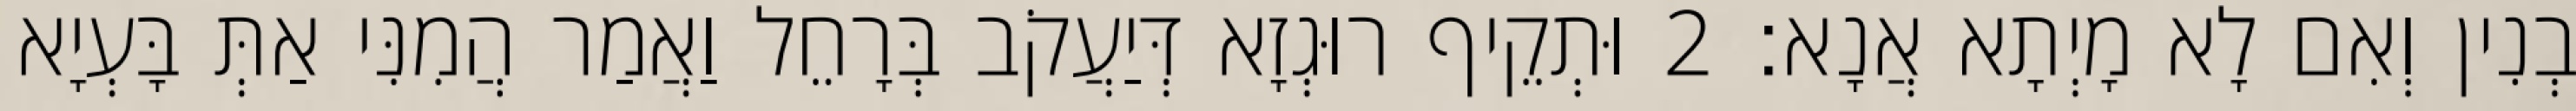
בְנִין וְאִם לָא מָיְתָא אֲנָא׃ 2 וּתְקֵיף רוּגְזָא דְּיַעֲקֹב בְּרָחֵל וַאֲמַר הֲמִנִּי אַתְּ בָּעְיָא